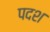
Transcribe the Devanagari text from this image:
पदश